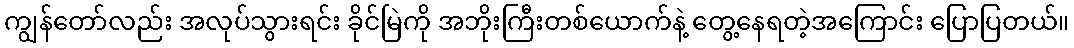
ကျွန်တော်လည်း အလုပ်သွားရင်း ခိုင်မြဲကို အဘိုးကြီးတစ်ယောက်နဲ့ တွေ့နေရတဲ့အကြောင်း ပြောပြတယ်။